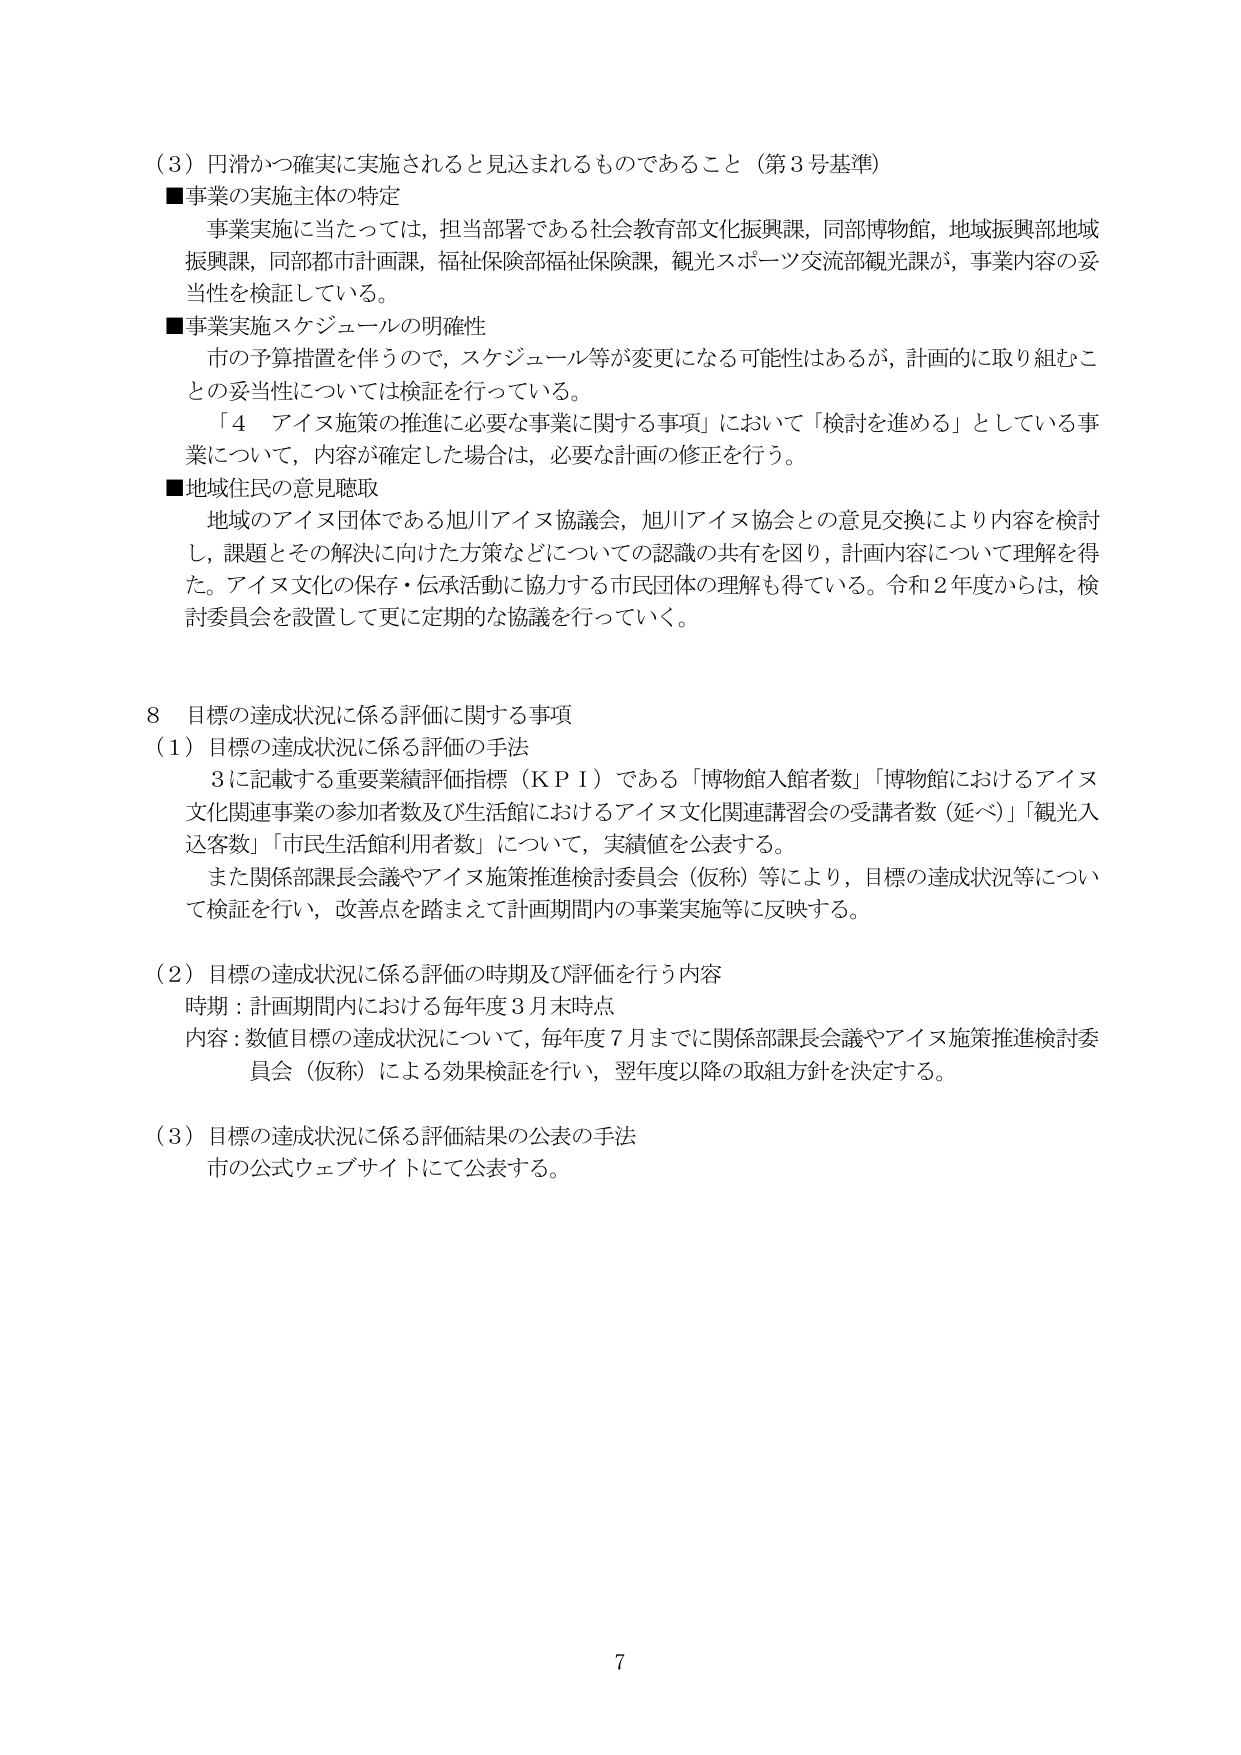
（3）円滑かつ確実に実施されると見込まれるものであること（第3号基準）
■事業の実施主体の特定
　事業実施に当たっては，担当部署である社会教育部文化振興課，同部博物館，地域振興部地域振興課，同部都市計画課，福祉保険部福祉保険課，観光スポーツ交流部観光課が，事業内容の妥当性を検証している。
■事業実施スケジュールの明確性
　市の予算措置を伴うので，スケジュール等が変更になる可能性はあるが，計画的に取り組むことの妥当性については検証を行っている。
　「4 アイヌ施策の推進に必要な事業に関する事項」において「検討を進める」としている事業について，内容が確定した場合は，必要な計画の修正を行う。
■地域住民の意見聴取
　地域のアイヌ団体である旭川アイヌ協議会，旭川アイヌ協会との意見交換により内容を検討し，課題とその解決に向けた方策などについての認識の共有を図り，計画内容について理解を得た。アイヌ文化の保存・伝承活動に協力する市民団体の理解も得ている。令和2年度からは，検討委員会を設置して更に定期的な協議を行っていく。

8 目標の達成状況に係る評価に関する事項
（1）目標の達成状況に係る評価の手法
　3に記載する重要業績評価指標（KPI）である「博物館入館者数」「博物館におけるアイヌ文化関連事業の参加者数及び生活館におけるアイヌ文化関連講習会の受講者数（延べ）」「観光入込客数」「市民生活館利用者数」について，実績値を公表する。
　また関係部課長会議やアイヌ施策推進検討委員会（仮称）等により，目標の達成状況等について検証を行い，改善点を踏まえて計画期間内の事業実施等に反映する。
（2）目標の達成状況に係る評価の時期及び評価を行う内容
　時期：計画期間内における毎年度3月末時点
　内容：数値目標の達成状況について，毎年度7月までに関係部課長会議やアイヌ施策推進検討委員会（仮称）による効果検証を行い，翌年度以降の取組方針を決定する。
（3）目標の達成状況に係る評価結果の公表の手法
　市の公式ウェブサイトにて公表する。

7